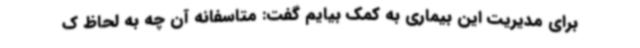
برای مدیریت این بیماری به کمک بیایم گفت: متاسفانه آن چه به لحاظ ک